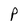
Character: P